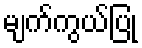
မျက်ကွယ်ပြု